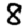
Digit: 8